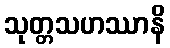
သုတ္တသဟဿာနိ